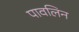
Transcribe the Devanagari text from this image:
पावलिन